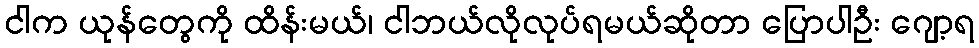
ငါက ယုန်တွေကို ထိန်းမယ်၊ ငါဘယ်လိုလုပ်ရမယ်ဆိုတာ ပြောပါဦး ဂျော့ရ